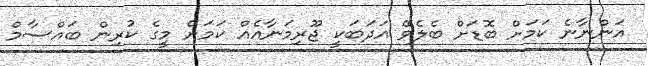
އަންނާނެ ކަމަށް ބޮޑަށް ބެލެވޭ އަދަބަކީ ޖޫރިމަނާއެއް ކަމަށް މީގެ ކުރިން ބައްސާމް